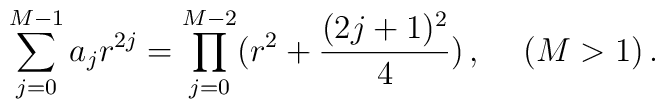
\sum_{j=0}^{M-1}a_jr^{2j}=\prod_{j=0}^{M-2}(r^2+\frac{(2j+1)^2}{4})\,,\hspace{.5cm} (M >1)\,.